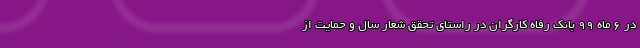
در 6 ماه 99 بانک رفاه کارگران در راستای تحقق شعار سال و حمایت از